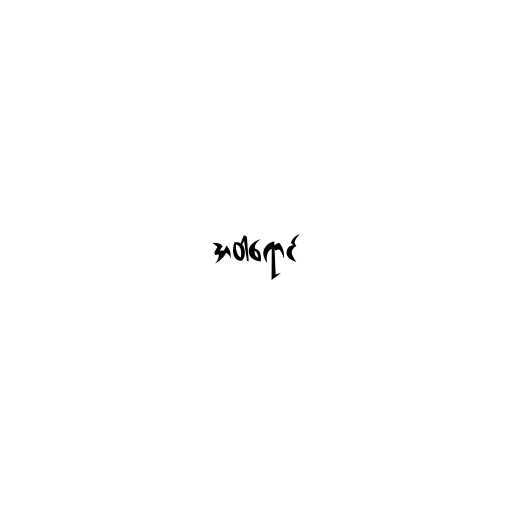
အဝါရောင်